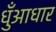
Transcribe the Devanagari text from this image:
धुँआधार